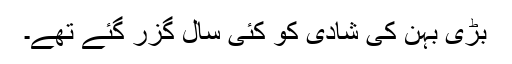
بڑی بہن کی شادی کو کئی سال گزر گئے تھے۔